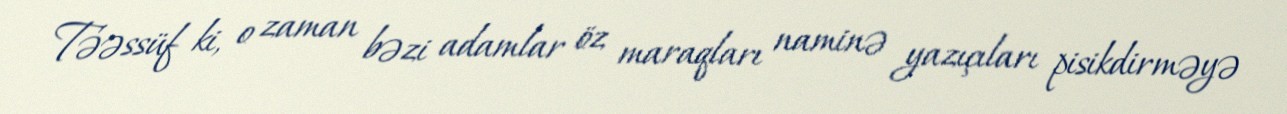
Təəssüf ki, o zaman bəzi adamlar öz maraqları naminə yazıçıları pisikdirməyə